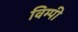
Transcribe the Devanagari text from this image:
विम्पी